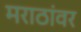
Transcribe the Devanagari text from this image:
मराठांवर